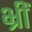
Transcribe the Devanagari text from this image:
भ्रीं